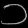
Digit: ၁